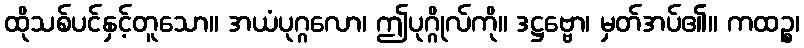
ထိုသစ်ပင်နှင့်တူသော။ အယံပုဂ္ဂလော၊ ဤပုဂ္ဂိုလ်ကို။ ဒဋ္ဌဗ္ဗော၊ မှတ်အပ်၏။ ကထဉ္စ၊